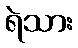
ရဲသား